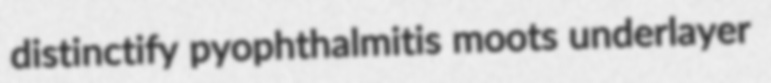
distinctify pyophthalmitis moots underlayer